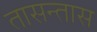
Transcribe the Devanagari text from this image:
तासन्तास